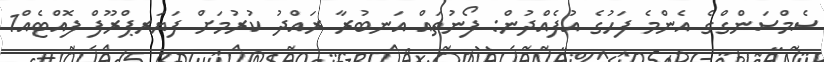
ސެމްސަންގްގެ އެންމެ ފަހުގެ އުފެއްދުން: ފޯނުތައް އަނބުރާ ރައްދު ކުރުމަށް ފަޔަރޕްރޫފް ފޮއްޓެއް1